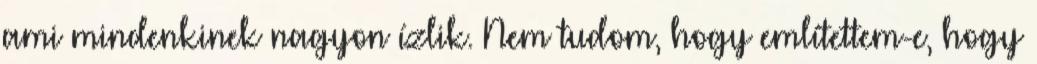
ami mindenkinek nagyon ízlik. Nem tudom, hogy említettem-e, hogy